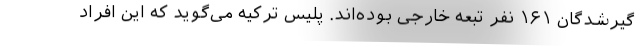
گیرشدگان ۱۶۱ نفر تبعه خارجی بوده‌اند. پلیس ترکیه می‌گوید که این افراد